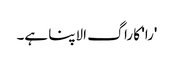
'را' کا راگ الاپنا ہے۔